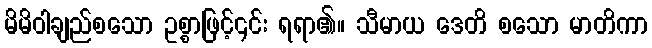
မိမိဝါချည်စသော ဥစ္စာဖြင့်၎င်း ရရာ၏။ သီမာယ ဒေတိ စသော မာတိကာ